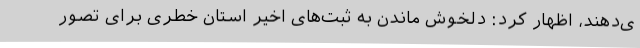
ی‌دهند، اظهار کرد: دلخوش ماندن به ثبت‌های اخیر استان خطری برای تصور